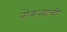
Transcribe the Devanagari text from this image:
नोकऱ्यांची